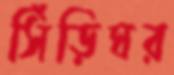
সিঁড়িঘর